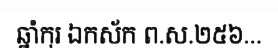
ឆ្នាំកុរ ឯកស័ក ព.ស.២៥៦...